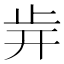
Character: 𣥎